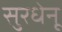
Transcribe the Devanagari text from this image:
सुरधेनू